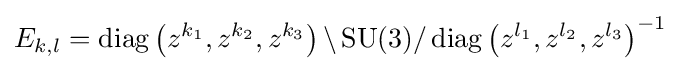
E_{k,l}=\operatorname {diag} \left(z^{k_{1}},z^{k_{2}},z^{k_{3}}\right)\backslash \operatorname {SU} (3)/\operatorname {diag} \left(z^{l_{1}},z^{l_{2}},z^{l_{3}}\right)^{-1}